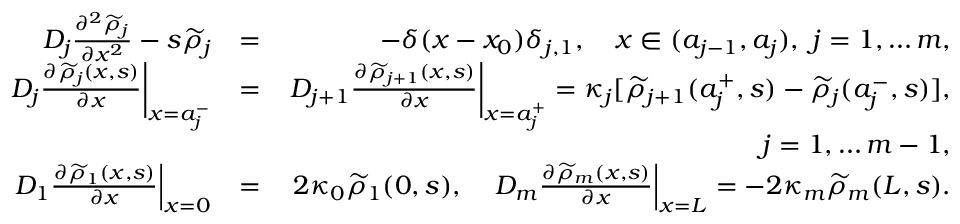
\begin{array} { r l r } { D _ { j } \frac { \partial ^ { 2 } \widetilde { \rho } _ { j } } { \partial x ^ { 2 } } - s \widetilde { \rho } _ { j } } & { = } & { - \delta ( x - x _ { 0 } ) \delta _ { j , 1 } , \quad x \in ( a _ { j - 1 } , a _ { j } ) , \ j = 1 , \ldots m , } \\ { \left. D _ { j } \frac { \partial \widetilde { \rho } _ { j } ( x , s ) } { \partial x } \right| _ { x = a _ { j } ^ { - } } } & { = } & { \left. D _ { j + 1 } \frac { \partial \widetilde { \rho } _ { j + 1 } ( x , s ) } { \partial x } \right| _ { x = a _ { j } ^ { + } } = \kappa _ { j } [ \widetilde { \rho } _ { j + 1 } ( a _ { j } ^ { + } , s ) - \widetilde { \rho } _ { j } ( a _ { j } ^ { - } , s ) ] , } \\ & { } & { j = 1 , \ldots m - 1 , } \\ { \left. D _ { 1 } \frac { \partial \widetilde { \rho } _ { 1 } ( x , s ) } { \partial x } \right| _ { x = 0 } } & { = } & { 2 \kappa _ { 0 } \widetilde { \rho } _ { 1 } ( 0 , s ) , \quad \left. D _ { m } \frac { \partial \widetilde { \rho } _ { m } ( x , s ) } { \partial x } \right| _ { x = L } = - 2 \kappa _ { m } \widetilde { \rho } _ { m } ( L , s ) . } \end{array}